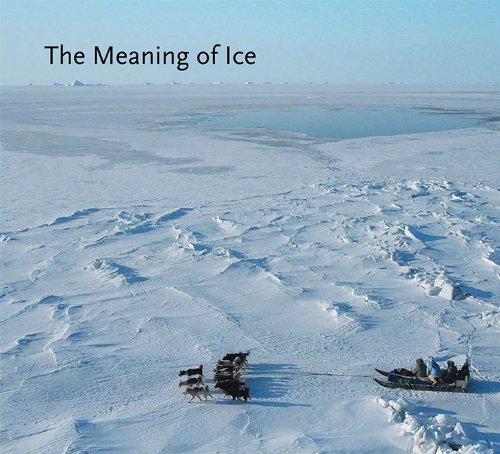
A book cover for The Meaning of Ice: People and Sea Ice in Three Arctic Communities; History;